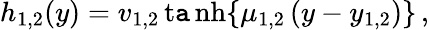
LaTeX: h_{1,2}(y)=v_{1,2}\operatorname{t\mathtt{a}nh}\{ \mu_{1,2}\, (y-y_{1,2})\} \, ,